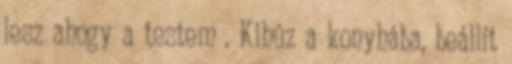
lesz ahogy a testem . Kihúz a konyhába, beállít